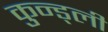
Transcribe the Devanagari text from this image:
कुन्ड्ली